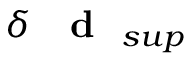
\delta { \mathrm { ~ { ~ \bf ~ d ~ } ~ } } _ { s u p }